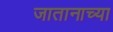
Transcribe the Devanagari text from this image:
जातानाच्या